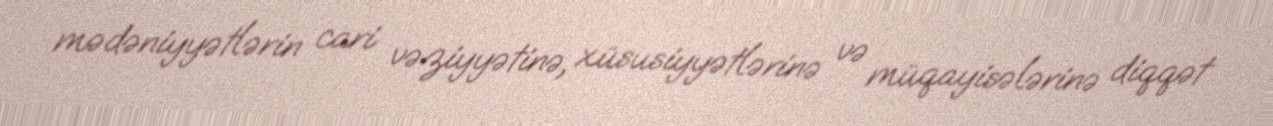
mədəniyyətlərin cari vəziyyətinə, xüsusiyyətlərinə və müqayisələrinə diqqət